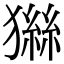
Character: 𤡨